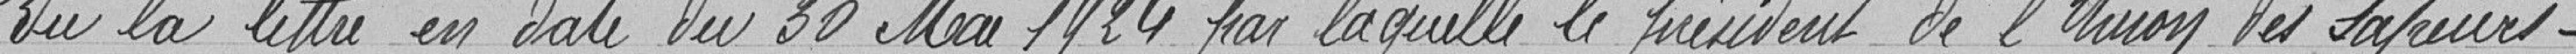
Vu la lettre en date du 30 mai 1924 par laquelle le président de l'Union des Sapeurs-